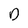
Character: D